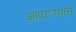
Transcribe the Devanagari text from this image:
आपटण्याने